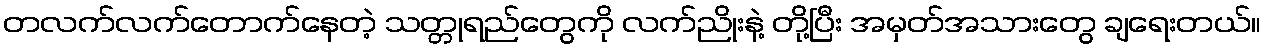
တလက်လက်တောက်နေတဲ့ သတ္တုရည်တွေကို လက်ညိုးနဲ့ တို့ပြီး အမှတ်အသားတွေ ချရေးတယ်။